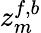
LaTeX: z_{m}^{f,b}